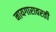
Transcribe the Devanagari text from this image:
नायगारावरती